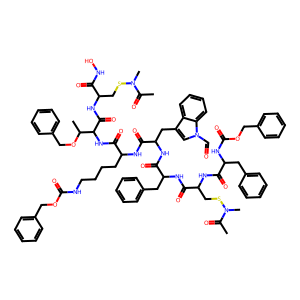
SMILES: CC(=O)N(C)SCC(NC(=O)C(Cc1ccccc1)NC(=O)OCc1ccccc1)C(=O)NC(Cc1ccccc1)C(=O)NC(Cc1cn(C=O)c2ccccc12)C(=O)NC(CCCCNC(=O)OCc1ccccc1)C(=O)NC(C(=O)NC(CSN(C)C(C)=O)C(=O)NO)C(C)OCc1ccccc1
Inhibits HIV replication: No